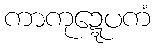
ကာကုဍ္ဍေပကံ